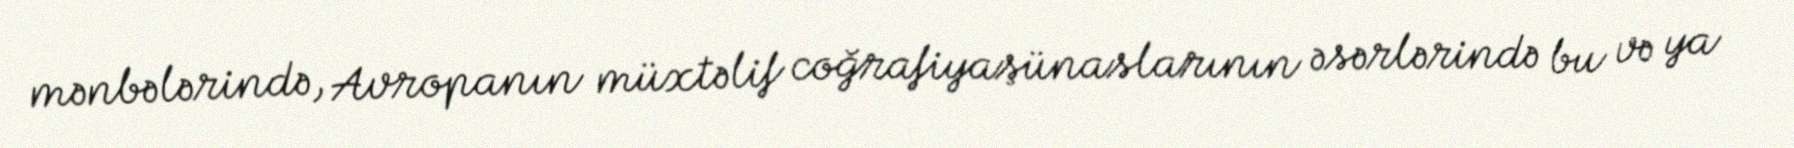
mənbələrində, Avropanın müxtəlif coğrafiyaşünaslarının əsərlərində bu və ya